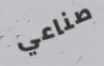
صناعي